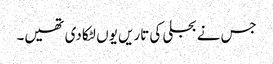
جس نے بجلی کی تاریں یوں لٹکا دی تھیں۔